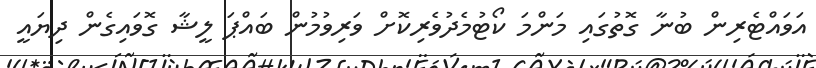
އަވައްޓެރިން ބުނާ ގޮތުގައި މަންމަ ކޯޓުމެދުވެރިކޮށް ވަރިވުމުން ބައްޕަ ލީޝާ ގޮވައިގެން ދިޔައީ